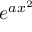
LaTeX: e ^ { a x ^ { 2 } }